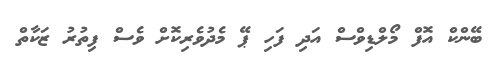
ބޭންކް އޮފް މޯލްޑިވްސް އަދި ފަހި ޕޭ މެދުވެރިކޮށް ވެސް ފިތުރު ޒަކާތް